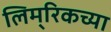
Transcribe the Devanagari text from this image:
लिम्‌रिकच्या